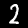
Label: 2